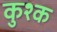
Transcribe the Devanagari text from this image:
कुश्क